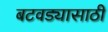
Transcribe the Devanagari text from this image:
बटवड्यासाठी